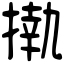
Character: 𢴇